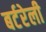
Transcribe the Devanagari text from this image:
बर्टरेली